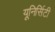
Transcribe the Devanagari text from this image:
यूनिर्सिटी